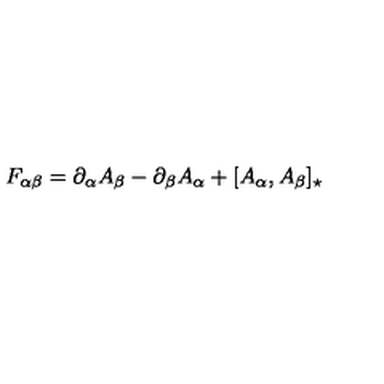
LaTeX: F _ { \alpha \beta } = \partial _ { \alpha } A _ { \beta } - \partial _ { \beta } A _ { \alpha } + [ A _ { \alpha } , A _ { \beta } ] _ { \star }